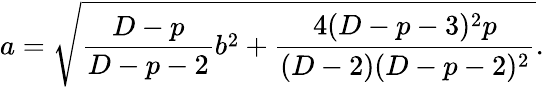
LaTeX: a=\sqrt{{\frac{D-p}{D-p-2}}b^{2}+{\frac{4(D-p-3)^{2}p}{(D-2)(D-p-2)^{2}}}}.